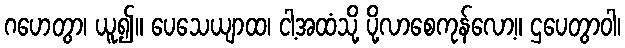
ဂဟေတွာ၊ ယူ၍။ ပေသေယျာထ၊ ငါ့အထံသို့ ပို့လာစေကုန်လော့။ ဌပေတွာဝါ၊